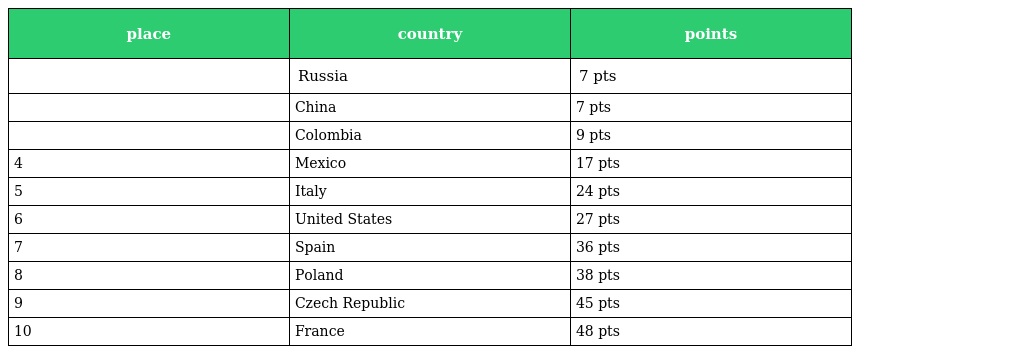
| place | country | points |
 | --- | --- | --- |
 |  | Russia | 7 pts |
 |  | China | 7 pts |
 |  | Colombia | 9 pts |
 | 4 | Mexico | 17 pts |
 | 5 | Italy | 24 pts |
 | 6 | United States | 27 pts |
 | 7 | Spain | 36 pts |
 | 8 | Poland | 38 pts |
 | 9 | Czech Republic | 45 pts |
 | 10 | France | 48 pts |